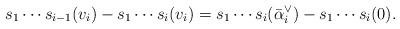
LaTeX: \begin{align*}s_1 \cdots s_{i-1}(v_i) - s_1\cdots s_{i}(v_i) & = s_1\cdots s_{i}(\bar \alpha_i^\vee) - s_1\cdots s_{i}(0) .\end{align*}